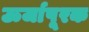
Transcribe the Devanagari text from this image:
ऊर्जापूरक